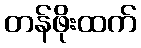
တန်ဖိုးထက်